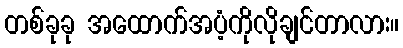
တစ်ခုခု အထောက်အပံ့ကိုလိုချင်တာလား။